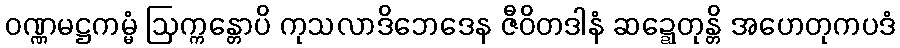
ဝဏ္ဏမဋ္ဌကမ္မံ ဩက္ကန္တောပိ ကုသလာဒိဘေဒေန ဇီဝိတဒါနံ ဆဍ္ဍေတုန္တိ အဟေတုကပဒံ